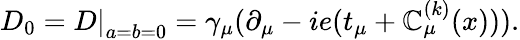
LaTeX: D_{0}=\left.D\right|_{a=b=0}=\gamma_{\mu}(\partial_{\mu}-ie(t_{\mu}+\mathbb{C}_{\mu}^{(k)}(x))).